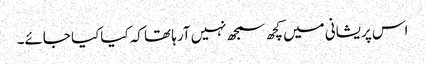
اس پریشانی میں کچھ سمجھ نہیں آرہا تھا کہ کیاکیا جائے۔